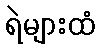
ရဲများထံ